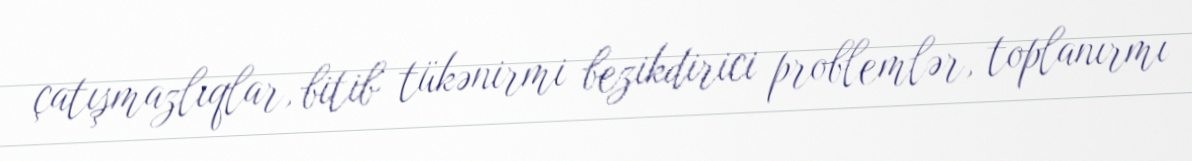
çatışmazlıqlar, bitib tükənirmi bezikdirici problemlər, toplanırmı